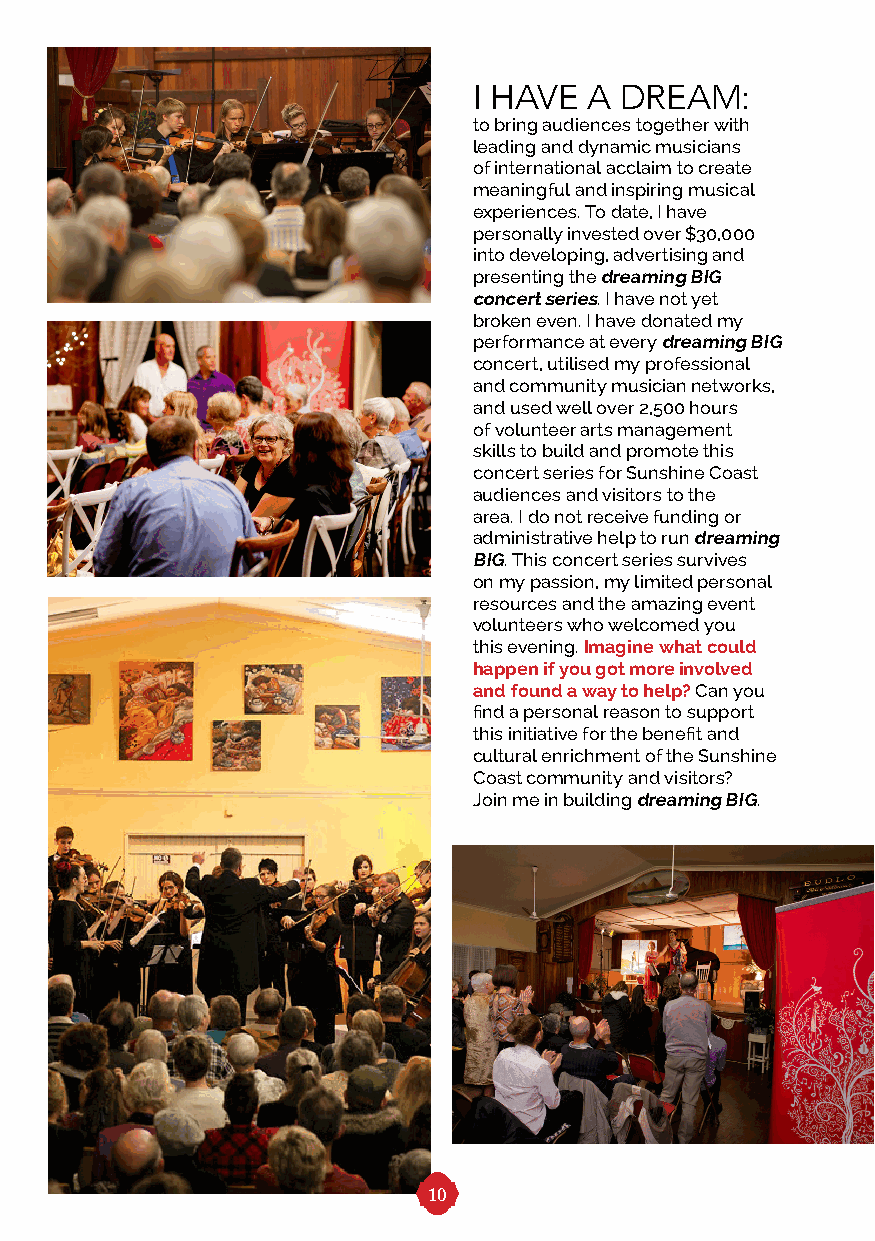
I HAVE  A DREAM:
 to bring audiences together with
 leading and dynamic musicians
 of international acclaim to create
 meaningful and inspiring musical
 experiences. To date, I have
 personally invested over $30,000
 into developing, advertising and
 presenting the dreaming BIG
 concert series. I have not yet
 broken even. I have donated my
 performance at every dreaming BIG
 concert, utilised my professional
 and community musician networks,
 and used well over 2,500 hours
 of volunteer arts management
 skills to build and promote this
 concert series for Sunshine Coast
 audiences and visitors to the
 area. I do not receive funding or
 administrative help to run dreaming
 BIG. This concert series survives
 on my passion, my limited personal
 resources and the amazing event
 volunteers who welcomed you
 this evening. Imagine what could
 happen if you got more involved
 and found a way to help? Can you
 find a personal reason to support
 this initiative for the benefit and
 cultural enrichment of the Sunshine
 Coast community and visitors?
 Join me in building dreaming BIG.
 10